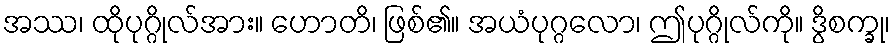
အဿ၊ ထိုပုဂ္ဂိုလ်အား။ ဟောတိ၊ ဖြစ်၏။ အယံပုဂ္ဂလော၊ ဤပုဂ္ဂိုလ်ကို။ ဒွိစက္ခု၊